Report on vaccination in Madras 1904-1921 - 1904-1921
Year: 1904
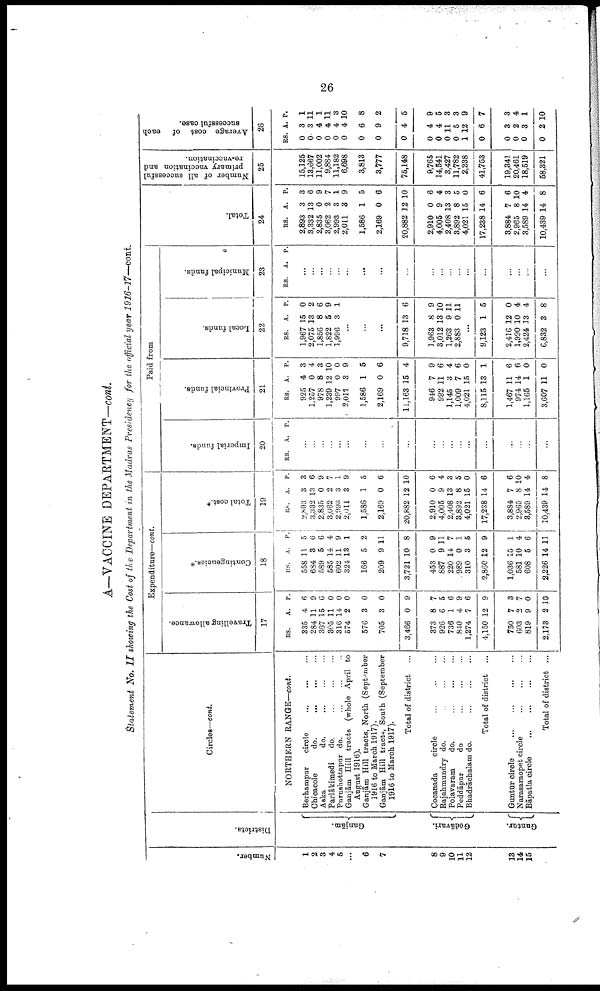
26
A—VACCINE DEPARTMENT—cont.
Statement No. II showing the Cost of the Department in the Madras Presidency for the official year 1916-17—cont.
Number.
1
2
3
4
5
...
6
7
8
9
10
11
12
13
14
lb
Districts.
Granjām.
Gōdāvari.
Guntūr.
Circles—cont.
NORTHERN RANGE—cont.
Berhampur
circle
... ... ...
Chicacole
do.
...
...
...
Aska
do.
...
...
...
Parlākimedi
do.
...
...
...
Purushottapur do. ... ... ...
Ganjām Hill tracts (whole April to
August 1916).
Ganjām Hill tracts, North (September
1916 to March 1917).
Ganjām Hill tracts, South (September
1916 to March 1917).
Total of district ...
Cocanada
circle
...
...
...
Rajahmundry do.
...
...
...
Polavaram
do.
...
...
...
Peddāpur
do
...
...
...
Bhadrāchalam do.
...
...
...
Total of district ...
Guntūr circle
...
...
...
...
Narasaraopet circle ... ... ...
Bāpatla circle
Total of district ...
Expenditure—cont.
Travelling allowance.
17
RS.
335
284
367
305
316
574
576
705
3,466
373
926
736
840
1,274
4,150
750
603
819
2,173
A.
4
11
15
11
14
2
3
3
0
8
6
1
4
7
12
7
2
9
2
P.
6
9
6
0
0
0
0
0
9
7
5
6
9
6
9
3
7
0
10
Contingencies.*
18
RS.
558
684
589
585
602
324
166
209
3,721
453
887
220
989
310
2,860
1,036
581
608
2,226
A.
11
3
5
14
11
13
5
9
10
0
9
14
0
3
12
15
10
5
14
P.
5
6
6
4
9
1
2
11
8
9
11
7
1
5
9
1
4
6
11
Total cost.*
19
RS.
2,893
3,332
2,835
3,062
2,993
2,011
1,586
2,169
20,882
2,910
4,005
2,408
3,892
4,021
17,238
3,884
2,965
3,589
10,439
A.
3
13
0
2
3
3
1
0
12
0
9
13
8
15
14
7
8
14
14
P.
3
6
9
7
1
9
5
6
10
6
4
3
5
0
6
6
10
4
8
Paid from
Imperial funds.
20
RS. A. P.
...
...
...
...
...
...
...
...
...
...
...
...
...
...
...
...
...
...
...
Provincial funds.
21
RS.
925
1,257
978
1,239
997
2,011
1,586
2,169
11,163
946
992
1,145
1,009
4,021
8,115
1,467
974
1,165
3,607
A.
4
0
8
12
0
3
1
0
15
7
11
3
7
15
13
11
14
1
11
P.
3
4
3
10
0
9
5
6
4
9
6
4
6
0
1
6
6
0
0
Local funds.
22
RS.
1,967
2,075
1,856
1,822
1,996
A.
15
13
8
5
3
P.
0
2
6
9
1
...
...
...
9,718
1,963
3,012
1,263
2,883
13
8
13
9
0
6
9
10
11
11
...
9,123
2,416
1,990
2,424
6,832
1
12
10
13
3
5
0
4
4
8
Municipal funds.
23
RS. A. P.
...
...
...
...
...
...
...
...
...
...
...
...
...
...
...
...
...
...
...
Total.
24
RS.
2,893
3,332
2,835
3,062
2,993
2,011
1,586
2,169
20,882
2,910
4,005
2,408
3,892
4,021
17,238
3,884
2,965
3,589
10,439
A.
3
13
0
2
3
3
1
0
12
0
9
13
8
15
14
7
8
14
14
P.
3
6
9
7
1
9
5
6
10
6
4
3
5
0
6
6
10
4
8
Number of all successful
primary vaccination and
re-vaccination.
25
15,125
13,667
11,002
9,884
11,182
6,698
3,813
3,777
75,148
9,765
14,541
3,427
11,782
2,238
41,753
19,341
20,461
18,519
58,321
Average cost of each
successful case.
26
RS.
0
0
0
0
0
0
0
0
0
0
0
0
0
1
0
0
0
0
0
A
3
3
4
4
4
4
6
9
4
4
4
11
5
12
6
3
2
3
2
P.
1
11
1
11
3
10
8
2
5
9
5
3
3
9
7
3
4
1
10